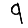
Digit: 9